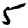
Digit: 5